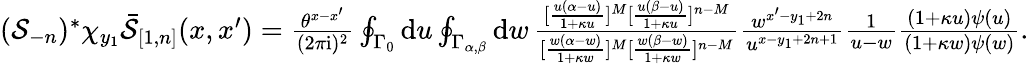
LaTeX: \textstyle(\mathcal{S}_{-n})^{*}\chi_{y_{1}}\bar{\mathcal{S}}_{[1,n]}(x,x^{\prime})=\frac{\theta^{x-x^{\prime}}}{(2\pi\mathrm{i})^{2}}\oint_{\Gamma_{0}}\mathrm{d}u\oint_{\Gamma_{\alpha,\beta}}\mathrm{d}w\, \frac{[\frac{u(\alpha-u)}{1+\kappa u}]^{M}[\frac{u(\beta-u)}{1+\kappa u}]^{n-M}}{[\frac{w(\alpha-w)}{1+\kappa w}]^{M}[\frac{w(\beta-w)}{1+\kappa w}]^{n-M}}\frac{w^{x^{\prime}-y_{1}+2n}}{u^{x-y_{1}+2n+1}}\frac{1}{u-w}\frac{(1+\kappa u)\psi(u)}{(1+\kappa w)\psi(w)}.